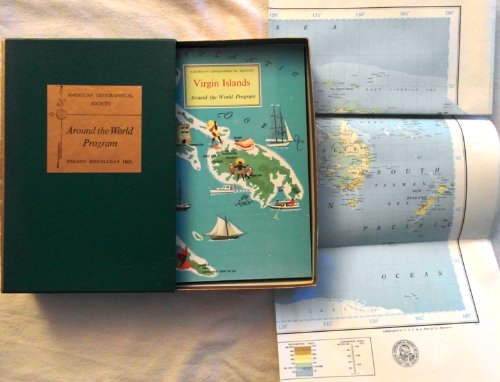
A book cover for Around the World Program with World Map - Included books on: Venezuela, Burma, Virgin Islands and Japan - American Geographical Society; Nelson Doubleday; Travel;